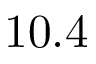
1 0 . 4